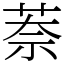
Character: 萘